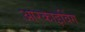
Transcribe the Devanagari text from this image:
आरकाइविंग